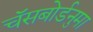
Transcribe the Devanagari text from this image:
चॅसबोर्डनुमा